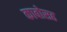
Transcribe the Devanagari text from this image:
काबोसह